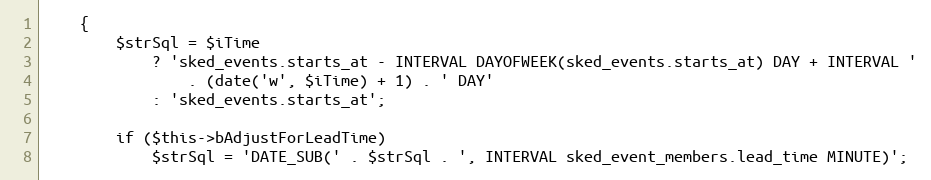
Language: PHP
    {
        $strSql = $iTime
            ? 'sked_events.starts_at - INTERVAL DAYOFWEEK(sked_events.starts_at) DAY + INTERVAL '
                . (date('w', $iTime) + 1) . ' DAY'
            : 'sked_events.starts_at';

        if ($this->bAdjustForLeadTime)
            $strSql = 'DATE_SUB(' . $strSql . ', INTERVAL sked_event_members.lead_time MINUTE)';